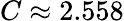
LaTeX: C\approx 2.558